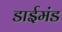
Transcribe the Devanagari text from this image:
डाईमंड